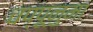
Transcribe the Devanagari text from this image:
चप्पूनुमा